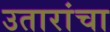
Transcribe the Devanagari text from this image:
उतारांचा